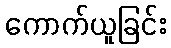
ကောက်ယူခြင်း